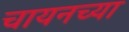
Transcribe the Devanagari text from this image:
चायनच्या